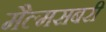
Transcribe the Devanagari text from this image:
मैल्मसबरी